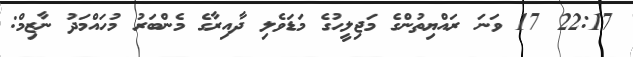
22:17 17 ވަނަ ރައްޔިތުންގެ މަޖިލީހުގެ މަޑަވެލި ދާއިރާގެ މެންބަރު މުހައްމަދު ނާޒިމް: